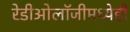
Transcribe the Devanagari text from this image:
रेडीओलॉजीमध्येही